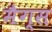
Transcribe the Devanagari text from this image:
मैग्स